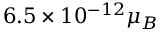
6 . 5 \times 1 0 ^ { - 1 2 } \mu _ { B }